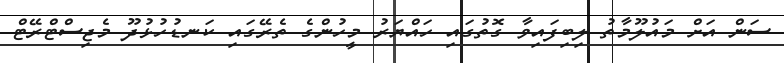
ސަން އަށް މައުލޫމާތު ލިބިފައިވާ ގޮތުގައި ހައްޔަރު މީހުންގެ ތެރޭގައި ކަނޑުހުޅުދޫ މެޖިސްޓްރޭޓް